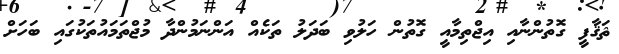
ޘަޤާފީ ގޮތުންނާއި އިޖްތިމާއީ ގޮތުން ހަލުވި ބަދަލު ތަކެއް އަންނަމުންދާ މުޖްތަމައުތަކުގައި ބަހަށް